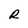
Character: R